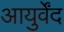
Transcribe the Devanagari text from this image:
आयुर्वेंद